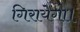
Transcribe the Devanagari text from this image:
गिरायेगा।